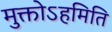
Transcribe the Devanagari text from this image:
मुक्तोऽहमिति